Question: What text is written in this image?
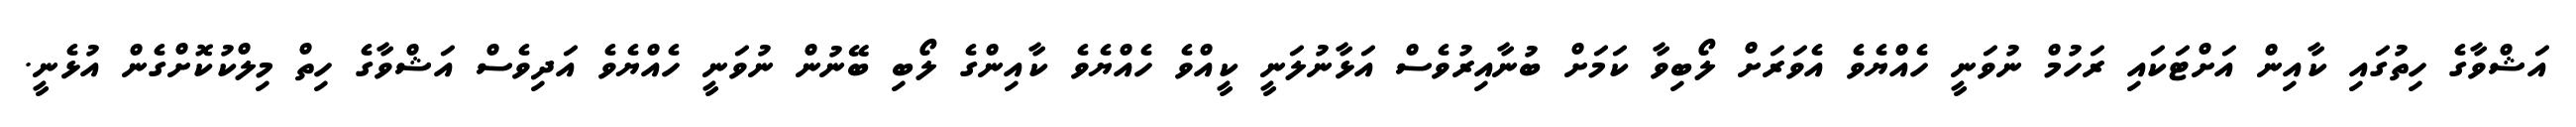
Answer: އަޝްވާގެ ހިތުގައި ކާއިން އަށްޓަކައި ރަހުމް ނުވަނީ ހެއްޔެވެ އެވަރަށް ލޯބިވާ ކަމަށް ބުނާއިރުވެސް އަޅާނުލަނީ ކީއްވެ ހެއްޔެވެ ކާއިންގެ ލޯބި ބޭނުން ނުވަނީ ހެއްޔެވެ އަދިވެސް އަޝްވާގެ ހިތް މިލްކުކޮށްގެން އުޅެނީ.